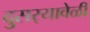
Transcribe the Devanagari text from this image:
दुसर्‍यावेळी